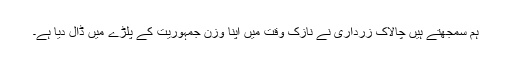
ہم سمجھتے ہیں چالاک زرداری نے نازک وقت میں اپنا وزن جمہوریت کے پلڑے میں ڈال دیا ہے۔